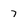
Character: 7